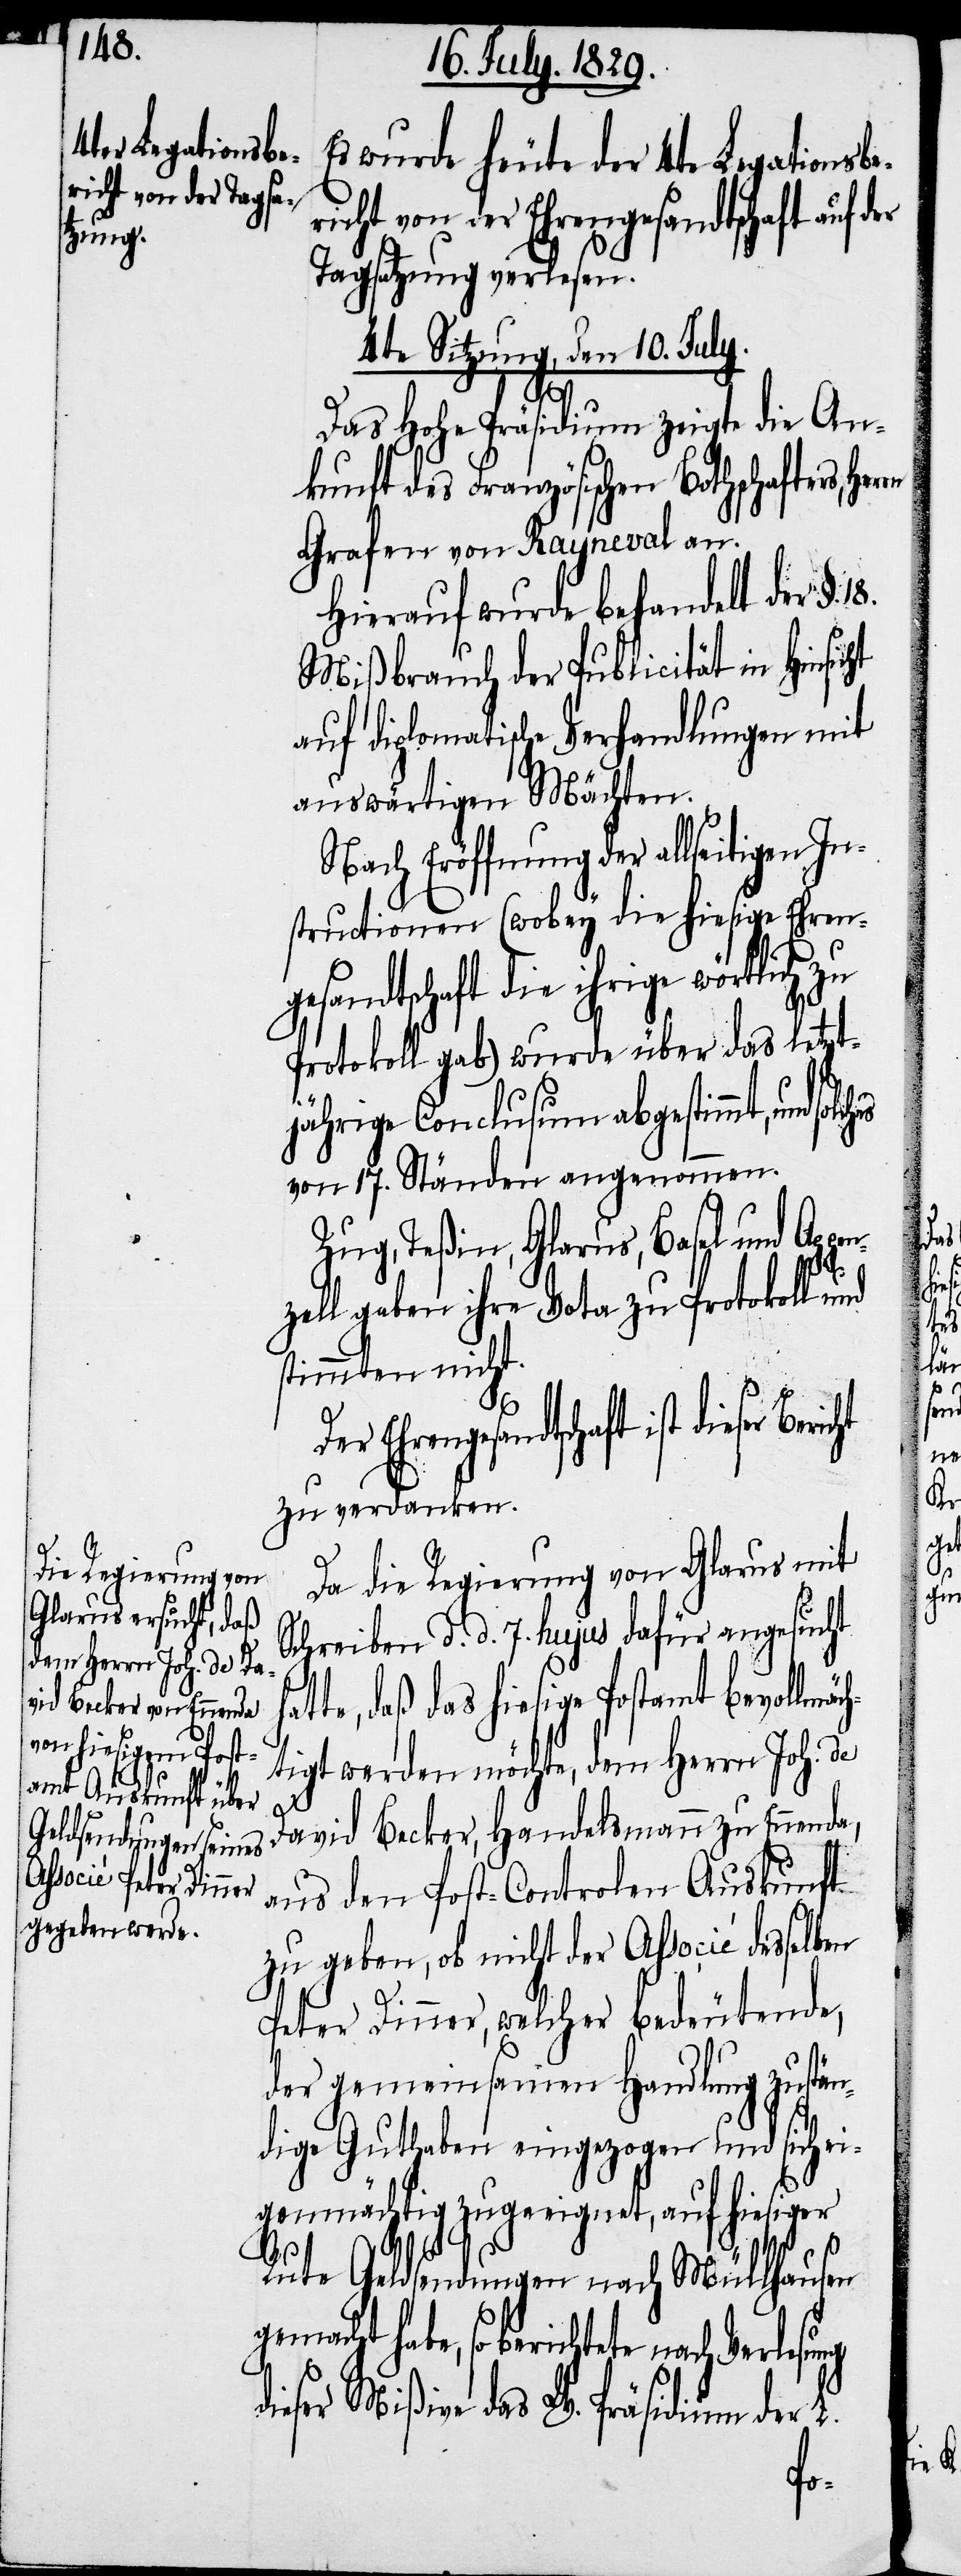
Es wurde heute der 4te Legationsbe¬
richt von der Ehrengesandtschaft auf
Tagsatzung verlesen.
4te Sitzung, den 10. July.
ht
Das Hohe Präsidium zeigte die An¬
kunft des Französischen Bothschafters,
Grafen von Rayneval an.
Hierauf wurde behandelt der §.
Mißbrauch der Publicität in Hinsic¬
auf diplomatische Verhandlung mit
auswärtigen Mächten.
Nach Eröffnung der allseitigen In¬
structionen (wobey die hiesige Ehren¬
gesandtschaft die ihrige wörtlich
Protokoll gab) wurde über das letzt¬
jährige Conclusum abgestimmt, und s¬
von 17. Ständen angenommen.
Zug, Teßin, Glarus, Basel und Appe¬
Bericht
nzell gaben ihre Vota zu Protokoll und
stimmten nicht.
Der Ehrengesandtschaft ist
zu verdanken.
Da die Regierung von Glarus mit
Schreiben d. d. 7ten hujus dafür angesucht
tte, daß das hiesige Postamt bevollmäc¬
htigt werden möchte, dem Herrn Joh. de
David Becker, Handelsmann zu Ennenda,
aus den Post-Controlen Auskunft
zu geben, ob nicht der Associé desselben
Peter Dinner, welcher bedeutende,
der gemeinsamen Handlung zustän¬
dige Guthaben eingezogen und sich ei¬
genmächtig zugeeignet, auf hiesiger
Rute Geldsendungen nach Müllhausen
gemacht habe, so berichtete nach Verlesung
dieser Mißive das W. Präsidium der L.
ha¬